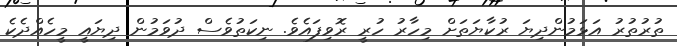
ތުރުތުރު އަޅަމުންދިޔަ ރުކާޔަތަށް މިހާރު ހުރީ ރޮވިފައެވެ. ނިކަތުވެސް ދުވަމުން ދިޔައީ މީހެއްދެކެ